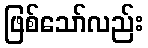
ဖြစ်သော်လည်း